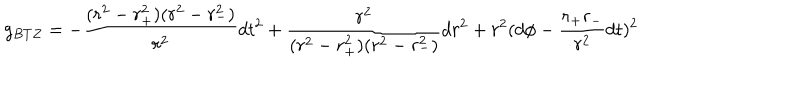
LaTeX: g _ { B T Z } = - \frac { ( r ^ { 2 } - r _ { + } ^ { 2 } ) ( r ^ { 2 } - r _ { - } ^ { 2 } ) } { r ^ { 2 } } d t ^ { 2 } + \frac { r ^ { 2 } } { ( r ^ { 2 } - r _ { + } ^ { 2 } ) ( r ^ { 2 } - r _ { - } ^ { 2 } ) } d r ^ { 2 } + r ^ { 2 } ( d \phi - \frac { r _ { + } r _ { - } } { r ^ { 2 } } d t ) ^ { 2 }